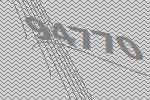
94770